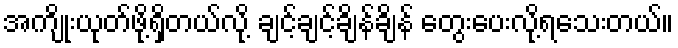
အကျိုးယုတ်ဖို့ရှိတယ်လို့ ချင့်ချင့်ချိန်ချိန် တွေးပေးလို့ရသေးတယ်။